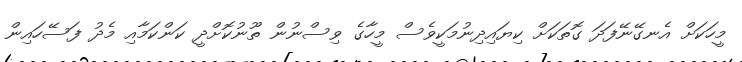
މީހަކަށް އެނގޭނޭފަދަ ގޮތަކަށް ކިޔައިދިނުމަކީވެސް މީހާގެ ވިސްނުން ތޫނުކޮށްދީ ކަންކަމާއި މެދު ފަސޭހައިން